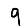
Digit: 9